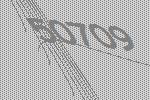
50709